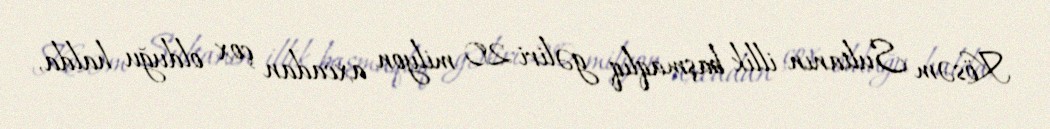
Kösəm Sultanın illik başmaqlıq gəliri 20 milyon axcadan çox olduğu halda,